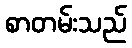
စာတမ်းသည်